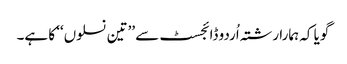
گویا کہ ہمارا رشتہ اُردو ڈائجسٹ سے ’’تین نسلوں‘‘ کا ہے۔